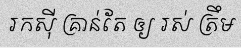
រកស៊ី គ្រាន់តែ ឲ្យ រស់ ត្រឹម